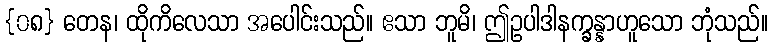
{၀၈} တေန၊ ထိုကိလေသာ အပေါင်းသည်။ ဧသာ ဘူမိ၊ ဤဥပါဒါနက္ခန္နာဟူသော ဘုံသည်။